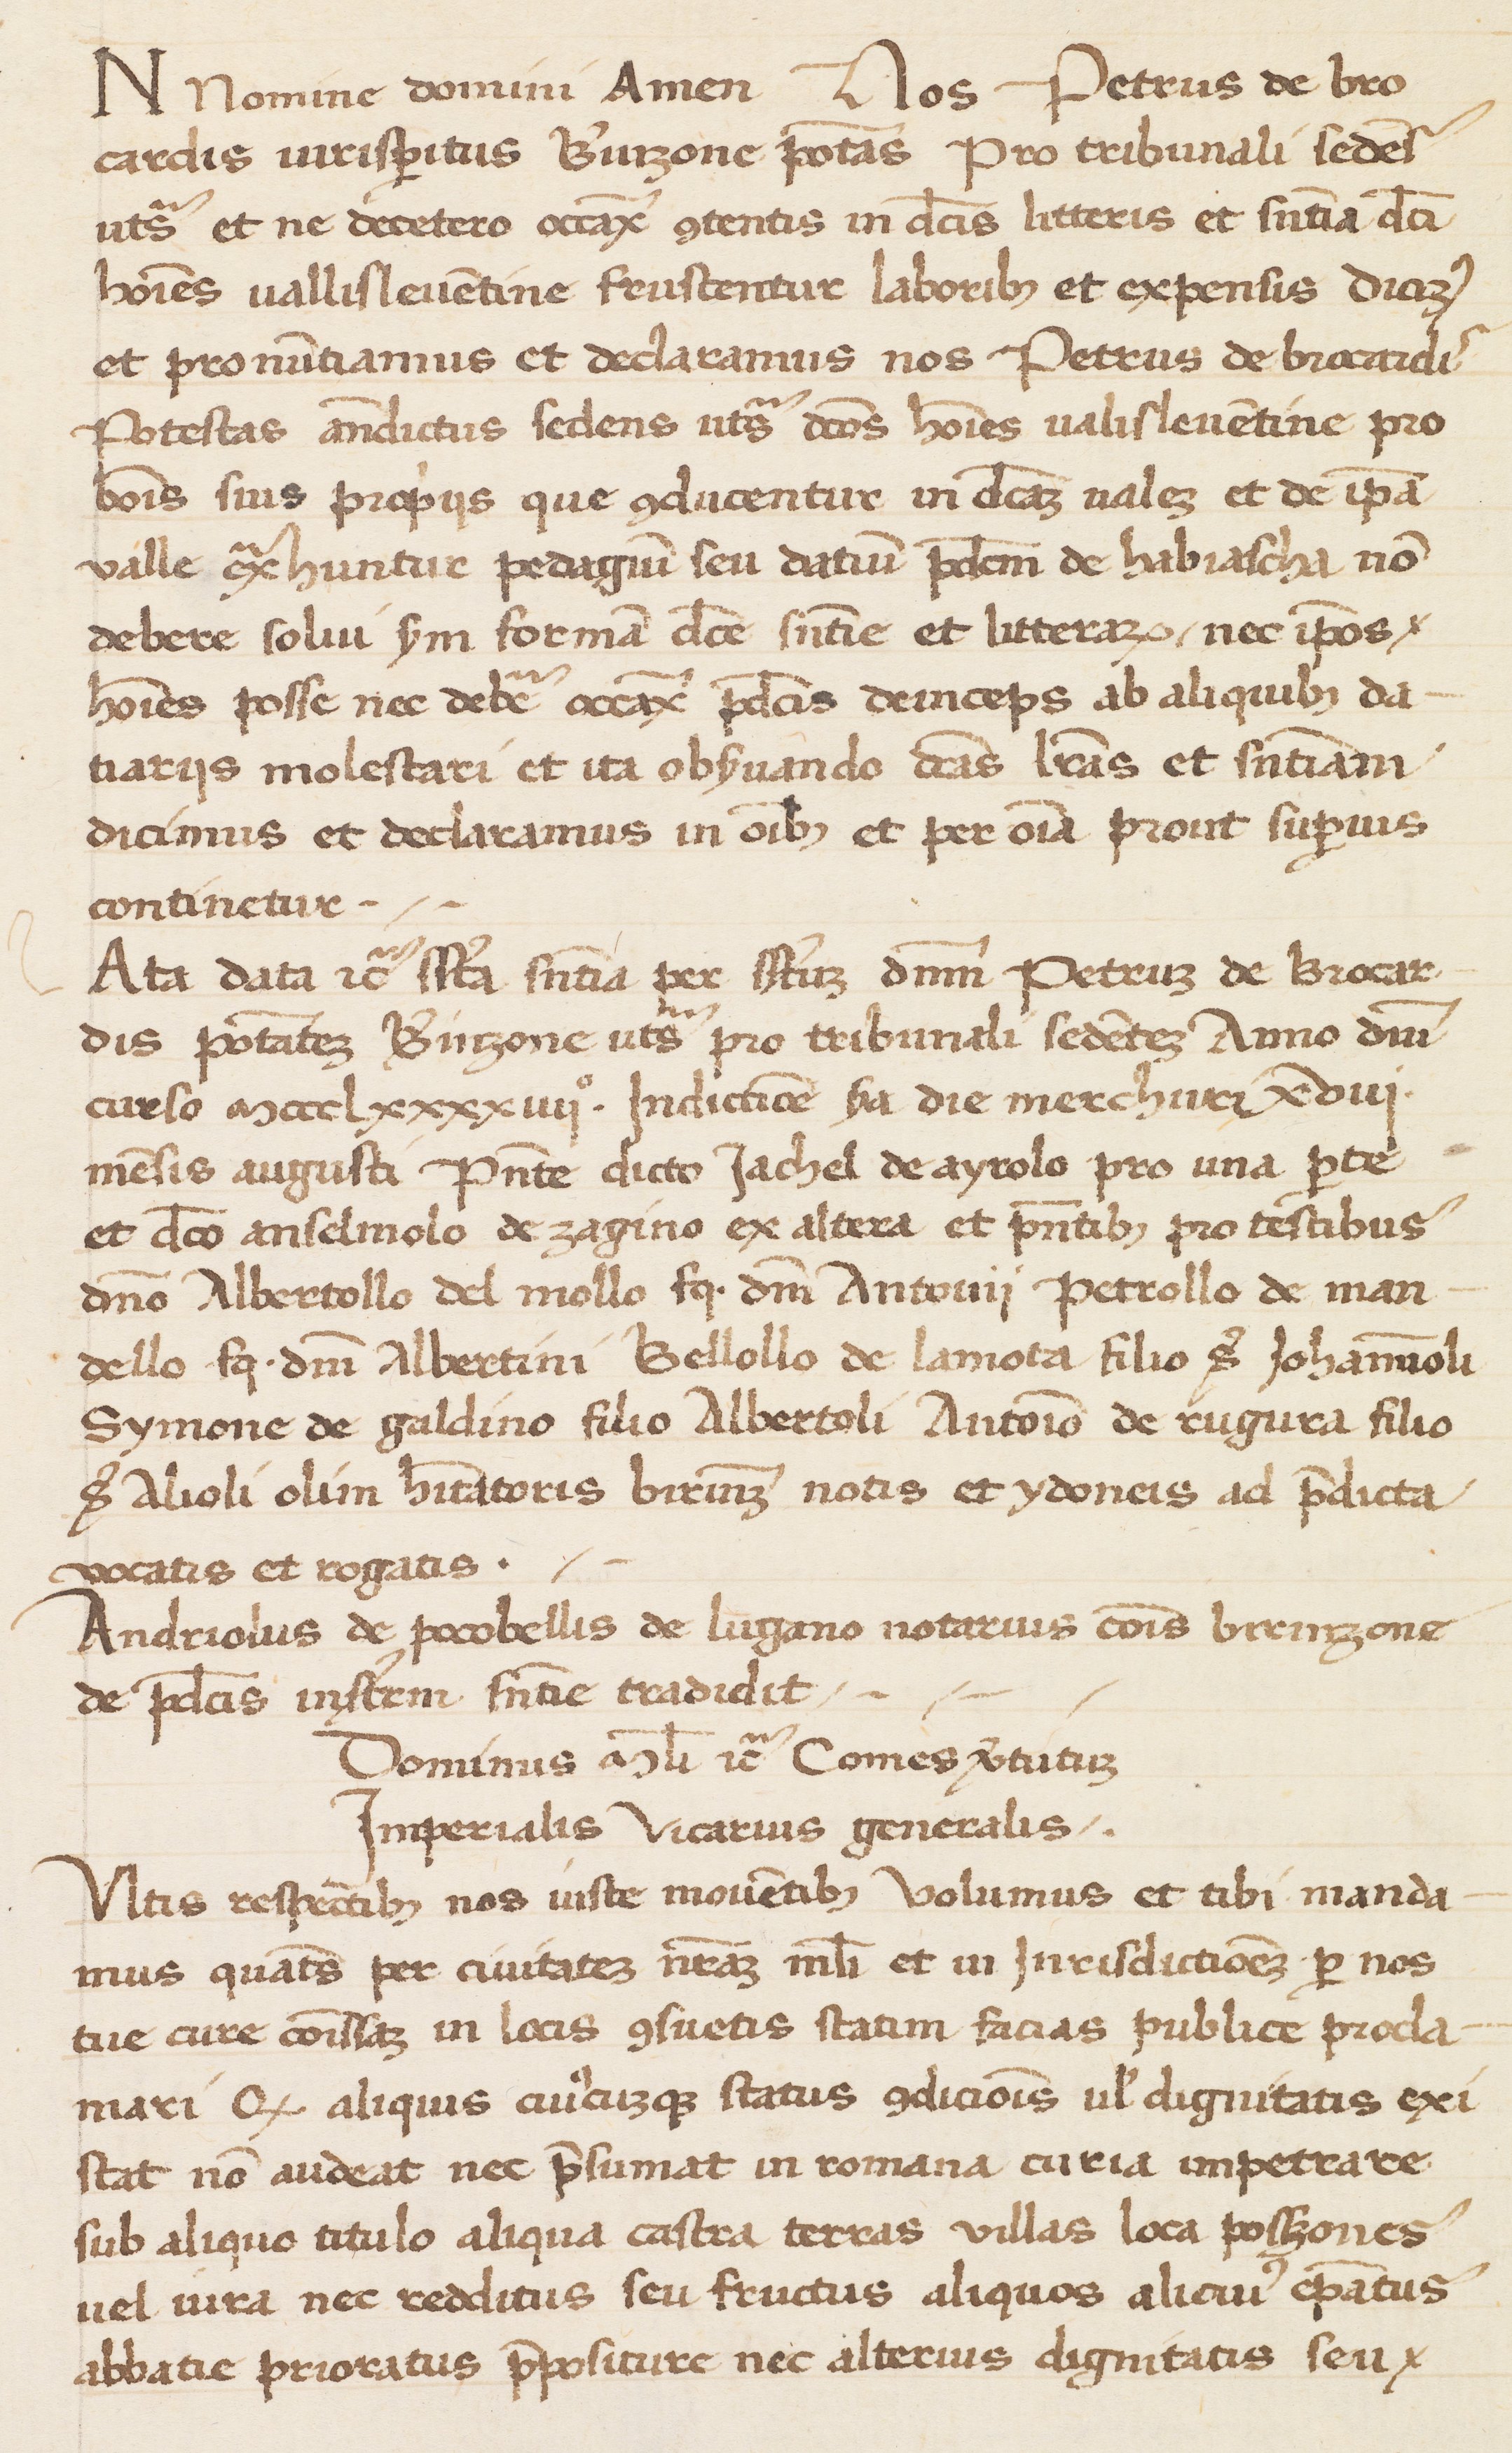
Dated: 1400–1499